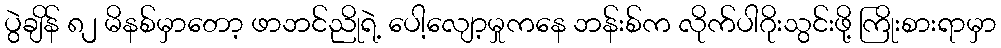
ပွဲချိန် ၈၂ မိနစ်မှာတော့ ဖာဘင်ညိုရဲ့ ပေါ့လျော့မှုကနေ ဘန်းစ်က လိုက်ပါဂိုးသွင်းဖို့ ကြိုးစားရာမှာ